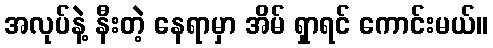
အလုပ်နဲ့ နီးတဲ့ နေရာမှာ အိမ် ရှာရင် ကောင်းမယ်။